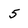
Character: 5